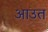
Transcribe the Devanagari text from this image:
आउत